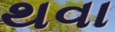
થવા